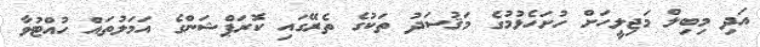
އަދި މިބިލް މަޖިލީހަށް ހުށަހެޅުމުގެ މަޤުސަދު ތަކުގެ ތެރޭގައި ކޮރަޕްޝަންގެ އަމަލުތައް ހުއްޓުވާ